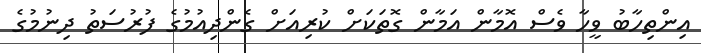
އިންތިހާބު ވީހާ ވެސް އޮމާން އަމާން ގޮތަކަށް ކުރިއަށް ގެންދިއުމުގެ ފުރުސަތު ދިނުމުގެ